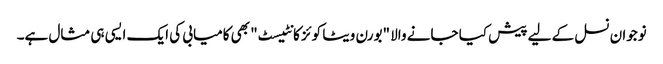
نوجوان نسل کے لیے پیش کیا جانے والا "بورن ویٹا کوئز کانٹیسٹ" بھی کامیابی کی ایک ایسی ہی مثال ہے۔